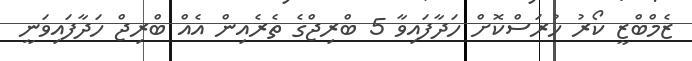
ޒެމްބްޒީ ކޯރު ހުރަސްކޮށް ހަދާފައިވާ 5 ބްރިޖްގެ ތެރެއިން އެއް ބްރިޖް ހަދާފައިވަނީ